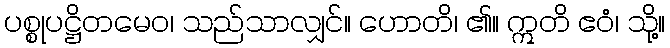
ပစ္စုပဋ္ဌိတမေဝ၊ သည်သာလျှင်။ ဟောတိ၊ ၏။ ဣတိ ဧဝံ၊ သို့။